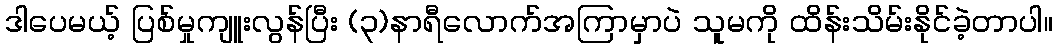
ဒါပေမယ့် ပြစ်မှုကျူးလွန်ပြီး (၃)နာရီလောက်အကြာမှာပဲ သူမကို ထိန်းသိမ်းနိုင်ခဲ့တာပါ။